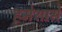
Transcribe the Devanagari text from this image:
हमेशासे